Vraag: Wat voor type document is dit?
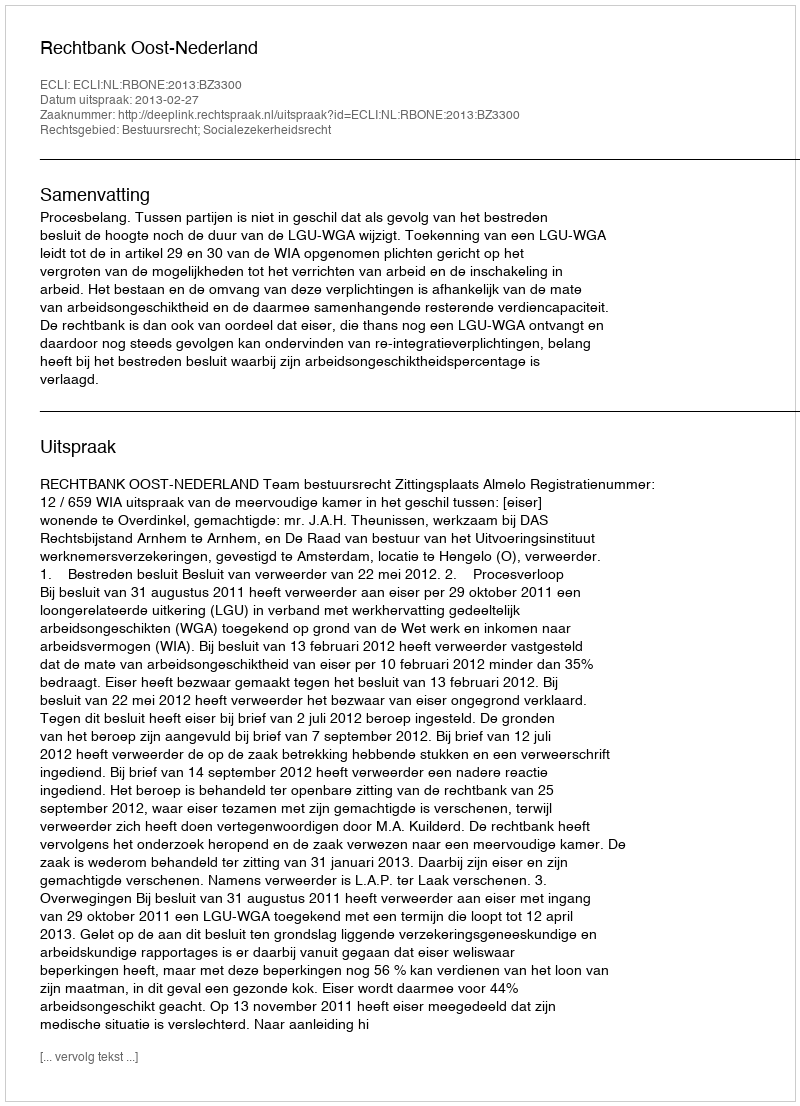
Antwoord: Uitspraak